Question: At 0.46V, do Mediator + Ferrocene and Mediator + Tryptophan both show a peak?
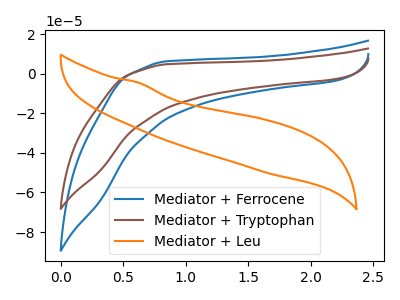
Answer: <think>The blue curve "Mediator + Ferrocene" has no peaks. The brown curve "Mediator + Tryptophan" has no peaks. The orange curve "Mediator + Leu" has no peaks.</think>
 <answer>No, "Mediator + Ferrocene" and "Mediator + Tryptophan" dont share a peak at 0.46V.</answer>
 <eval>mismatch</eval>